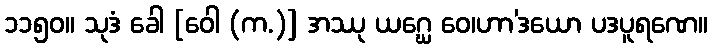
၁၁၅၀။ သုဒံ ခေါ [ဝေါ (က.)] အဿု ယဂ္ဃေ ဝေ၊ဟာ’ဒယော ပဒပူရဏေ။